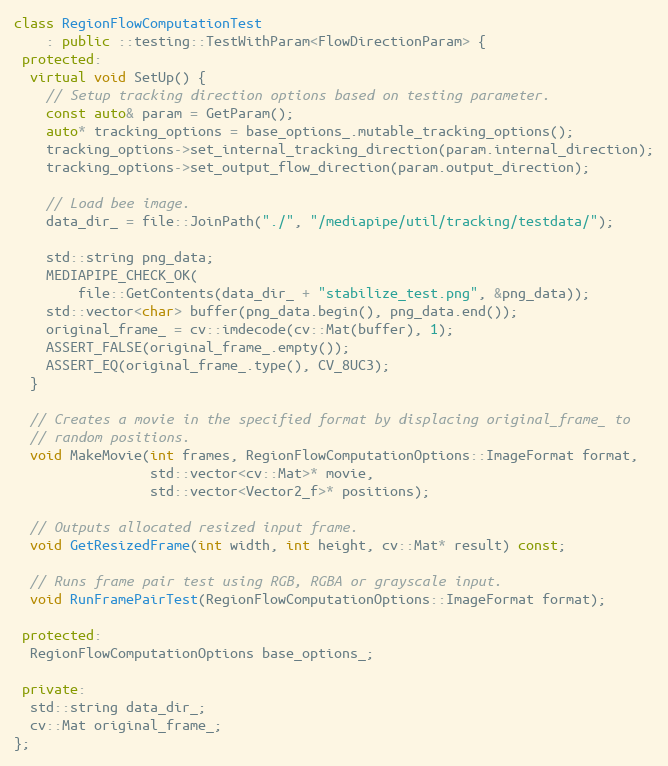
Language: C++
class RegionFlowComputationTest
    : public ::testing::TestWithParam<FlowDirectionParam> {
 protected:
  virtual void SetUp() {
    // Setup tracking direction options based on testing parameter.
    const auto& param = GetParam();
    auto* tracking_options = base_options_.mutable_tracking_options();
    tracking_options->set_internal_tracking_direction(param.internal_direction);
    tracking_options->set_output_flow_direction(param.output_direction);

    // Load bee image.
    data_dir_ = file::JoinPath("./", "/mediapipe/util/tracking/testdata/");

    std::string png_data;
    MEDIAPIPE_CHECK_OK(
        file::GetContents(data_dir_ + "stabilize_test.png", &png_data));
    std::vector<char> buffer(png_data.begin(), png_data.end());
    original_frame_ = cv::imdecode(cv::Mat(buffer), 1);
    ASSERT_FALSE(original_frame_.empty());
    ASSERT_EQ(original_frame_.type(), CV_8UC3);
  }

  // Creates a movie in the specified format by displacing original_frame_ to
  // random positions.
  void MakeMovie(int frames, RegionFlowComputationOptions::ImageFormat format,
                 std::vector<cv::Mat>* movie,
                 std::vector<Vector2_f>* positions);

  // Outputs allocated resized input frame.
  void GetResizedFrame(int width, int height, cv::Mat* result) const;

  // Runs frame pair test using RGB, RGBA or grayscale input.
  void RunFramePairTest(RegionFlowComputationOptions::ImageFormat format);

 protected:
  RegionFlowComputationOptions base_options_;

 private:
  std::string data_dir_;
  cv::Mat original_frame_;
};